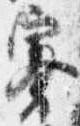
褰